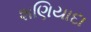
શણિયાદા